Vaccination in Bombay 1913-1923 - 1913-1923
Year: 1913
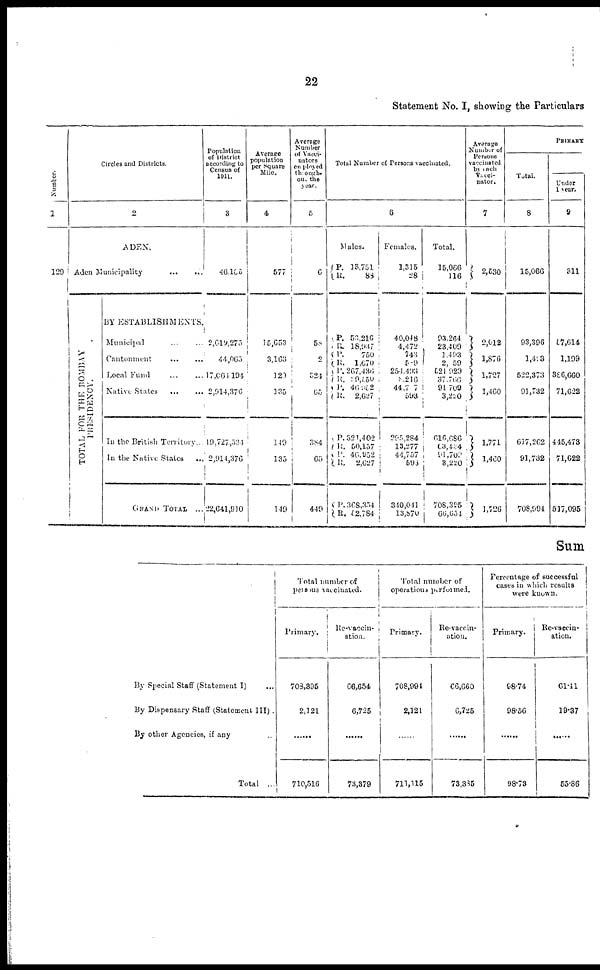
22
Statement No. I, showing the Particulars
Number.
1
129
Circles and Districts.
2
ADEN.
Aden Municipality
...
...
TOTAL FOR THE BOMBAY
PRESIDENCY.
BY ESTABLISHMENTS.
Municipal ... ...
Cantonment ... ...
Local Fund ... ...
Native States
...
...
In the British Territory..
In the Native States
...
GRAND TOTAL ...
Population
of District
according to
Census of
1911.
3
46,165
2,619,275
44,065
17,064,194
2,914,376
19,727,534
2,914,376
22,641,910
Average
population
per Square
Mile.
4
577
15,653
3,163
120
135
140
135
149
Average
Number
of Vacci-
nators
employed
through-
out the
year.
5
6
58
2
324
65
384
65
449
Total Number of Persons vaccinated.
6
Males.
P.
R.
P.
R.
P.
R.
P.
R.
P.
R.
P.
R.
P.
R.
P.
R.
13,751
88
53,216
18,937
750
1,670
267,436
29,550
46,952
2,627
321,402
50,157
46,952
2,627
368,354
52,784
Females.
1,315
28
40,048
4,472
743
589
254,493
8,216
44,707
593
295,284
13,277
44,757
593
340,011
13,870
Total.
15,066
116
93,264
23,400
1,493
2, 59
521,929
37,766
91,709
3,220
616,686
63,434
91,702
3,220
708,395
66,654
Average
Number of
Persons
vaccinated
by each
Vacci-
nator.
7
2,530
2,012
1,876
1,727
1,460
1,771
1,460
1,726
PRIMARY
Total.
8
15,066
93,396
1,493
522,373
91,732
617,262
91,732
708,994
Under
1 year.
9
311
57,614
1,199
386,660
71,622
445,473
71,622
517,095
Sum
By Special Staff (Statement I) ...
By Dispensary Staff (Statement III) .
By other Agencies, if any ...
Total ...
Total number of
persons
vaccinated.
Primary.
708,395
2,121
......
710,516
Re-vaccin-
ation.
66,654
6,725
......
73,379
Total number of
operations performed.
Primary.
708,991
2,121
......
711,115
Re-vaccin-
ation.
66,660
6,725
......
73,385
Percentage of successful
cases in which results
were known.
Primary.
98.74
98.56
......
98.73
Re-vaccin-
ation.
61.41
19.37
......
55.86